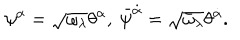
\psi ^ { \alpha } = \sqrt { \omega _ { \lambda } } \theta ^ { \alpha } , \ \bar { \psi } ^ { \dot { \alpha } } = \sqrt { \bar { \omega } _ { \lambda } } \theta ^ { \dot { \alpha } } .